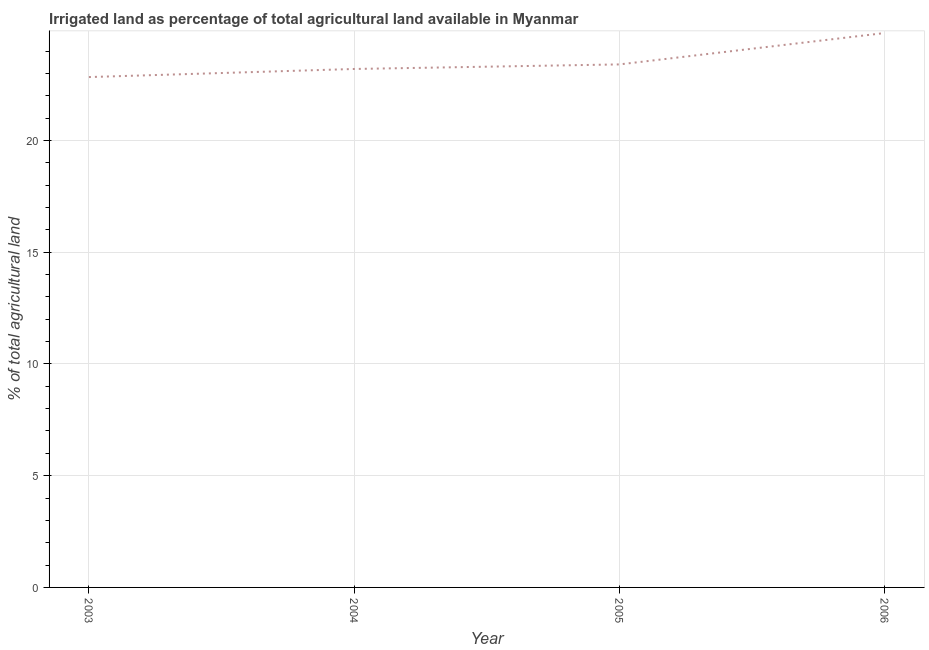
| Year | Agricultural irrigated land  |
 | --- | --- |
 | 2003 | 22.8 |
 | 2004 | 23.2 |
 | 2005 | 23.4 |
 | 2006 | 24.8 |